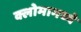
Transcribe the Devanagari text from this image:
क्लोमामध्ये